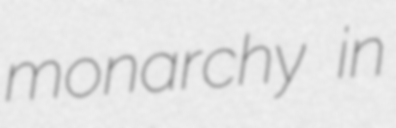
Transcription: monarchy in